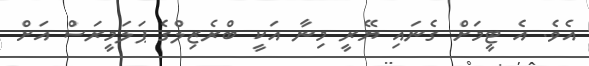
އެވެ. އެ ޓީމަށް ގެނައި ޔޭރީ މިނާ އަކީ ބްރެޒިލްގެ ޕަލަމީރަސް އަށް